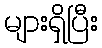
များရှိပြီး